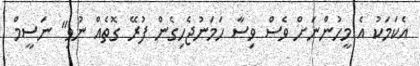
އެކަމަކު އެ މީހުންނަށް ވެސް ވިސާ ހަމަނުޖެހިގެން ފުރޭ ގޮތެއް ނުވި" ނަސީމް